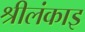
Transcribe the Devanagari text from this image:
श्रीलंकाइ